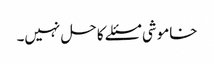
خاموشی مسئلے کا حل نہیں۔